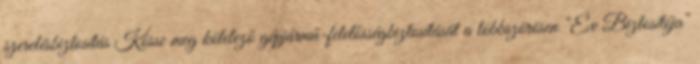
szerelésbiztosítás Kösse meg kötelező gépjármű-felelősségbiztosítását a többszörösen "Év Biztosítója"